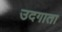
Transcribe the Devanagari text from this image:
उदगाता